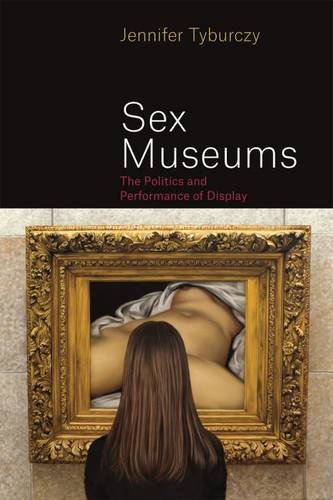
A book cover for Sex Museums: The Politics and Performance of Display; Jennifer Tyburczy; Gay & Lesbian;